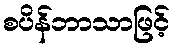
စပိန်ဘာသာဖြင့်